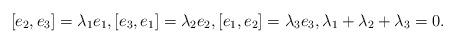
LaTeX: \begin{align*} [e_{2},e_{3}]=\lambda_{1}e_{1},[e_{3},e_{1}] = \lambda_{2}e_{2},[e_{1},e_{2}] = \lambda_{3}e_{3},\lambda_1+\lambda_2+\lambda_3=0.\end{align*}